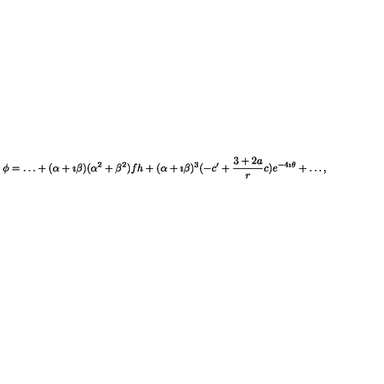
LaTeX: \phi = \ldots + ( \alpha + \imath \beta ) ( \alpha ^ { 2 } + \beta ^ { 2 } ) f h + ( \alpha + \imath \beta ) ^ { 3 } ( - c ^ { \prime } + \frac { 3 + 2 a } { r } c ) e ^ { - 4 \imath \theta } + \ldots ,